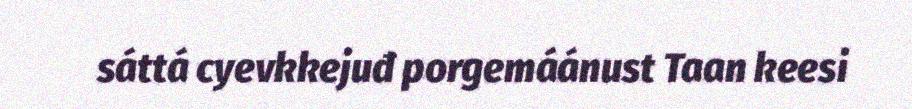
sáttá cyevkkejuđ porgemáánust Taan keesi